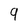
Character: 9